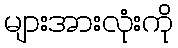
များအားလုံးကို